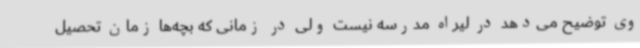
وی توضیح می‌دهد در لیراه مدرسه نیست ولی در زمانی که بچه‌ها زمان تحصیل